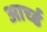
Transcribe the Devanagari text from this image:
आर्च्ड